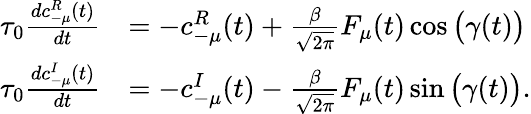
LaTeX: \begin{array}{rl}{\tau_{0}\frac{dc_{\mathrm{-}\mu}^{R}(t)}{dt}}&{=-c_{\mathrm{-}\mu}^{R}(t)+\frac{\beta}{\sqrt{2\pi}}F_{\mu}(t)\cos\big(\gamma(t)\big)}\\ {\tau_{0}\frac{dc_{\mathrm{-}\mu}^{I}(t)}{dt}}&{=-c_{\mathrm{-}\mu}^{I}(t)-\frac{\beta}{\sqrt{2\pi}}F_{\mu}(t)\sin\big(\gamma(t)\big).}\end{array}